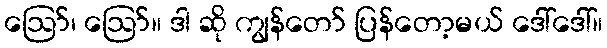
ဪ၊ ဪ။ ဒါ ဆို ကျွန်တော် ပြန်တော့မယ် ဒေါ်ဒေါ်။